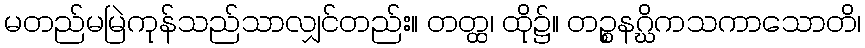
မတည်မမြဲကုန်သည်သာလျှင်တည်း။ တတ္ထ၊ ထို၌။ တဉ္စနဂ္ဃိကသကာသောတိ၊